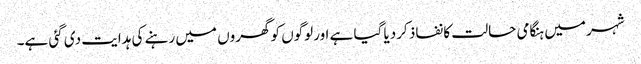
شہر میں ہنگامی حالت کا نفاذ کردیا گیا ہے اورلوگوں کو گھروں میں رہنے کی ہدایت دی گئی ہے۔